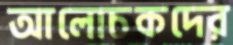
আলোচকদের